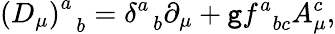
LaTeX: \left(D_{\mu}\right)_{\; \; b}^{a}=\delta_{\; \; b}^{a}\partial_{\mu}+\mathtt{g}f_{\; \; bc}^{a}A_{\mu}^{c},